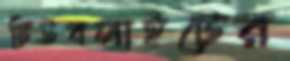
টিউবলাইটের